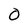
Character: 0